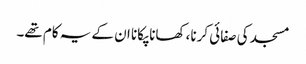
مسجد کی صفائی کرنا، کھانا پکانا ان کے یہ کام تھے۔